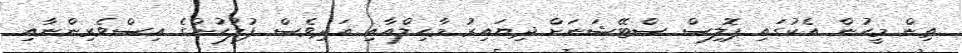
ތިން މީހުން އެކުގައި ޕޮލިސް ސްޓޭޝަނަށް ދިޔައިރު މާހިލްއާއި އަދިވެސް ފުލުހުންގެ އިސްވެރިންނާއި